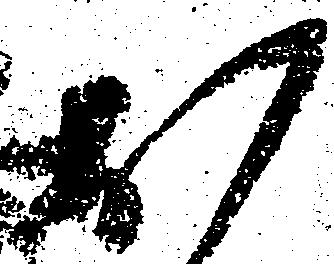
お